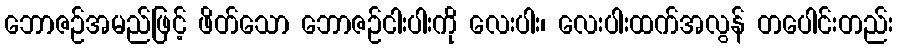
ဘောဇဉ်အမည်ဖြင့် ဖိတ်သော ဘောဇဉ်ငါးပါးကို လေးပါး၊ လေးပါးထက်အလွန် တပေါင်းတည်း